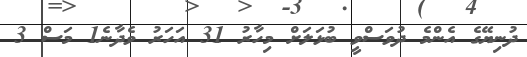
ދުނިޔޭގެ އެންމެ ދުވަސްވީ ބުޅަލަށް މިހާރު 31 އަހަރު ވެދާނެ1 މަސް 3